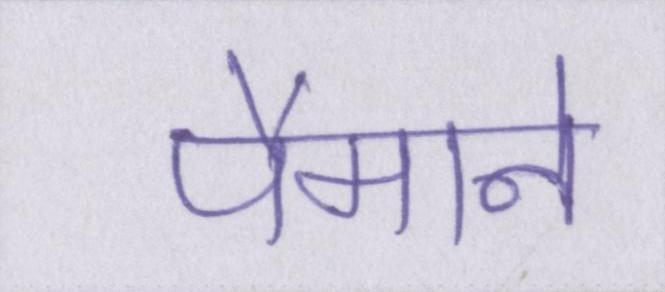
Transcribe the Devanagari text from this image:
पैमाने